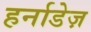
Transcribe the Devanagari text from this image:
हर्नाडेज़